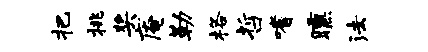
把挑奖庵勒格哲嗜曛法